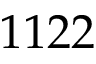
1 1 2 2